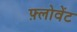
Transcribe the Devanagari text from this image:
फ़्लोवेंट